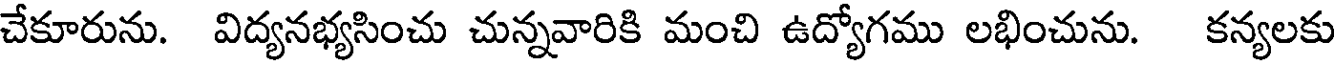
చేకూరును. విద్యనభ్యసించు చున్నవారికి మంచి ఉద్యోగము లభించును. కన్యలకు